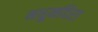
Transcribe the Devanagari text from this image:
मधुमदिरा